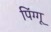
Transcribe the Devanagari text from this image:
पिंग्गू